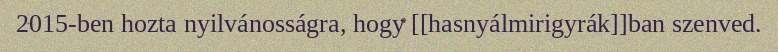
2015-ben hozta nyilvánosságra, hogy [[hasnyálmirigyrák]]ban szenved.